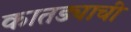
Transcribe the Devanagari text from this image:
कातड्याची